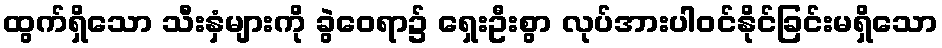
ထွက်ရှိသော သီးနှံများကို ခွဲဝေရာ၌ ရှေးဦးစွာ လုပ်အားပါဝင်နိုင်ခြင်းမရှိသော